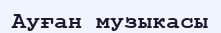
Ауған музыкасы